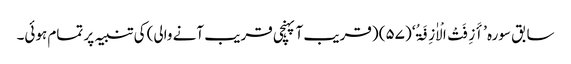
سابق سورہ ’أَزِفَتْ الْاٰزِفَۃُ‘ (۵۷) (قریب آ پہنچی قریب آنے والی) کی تنبیہ پر تمام ہوئی۔